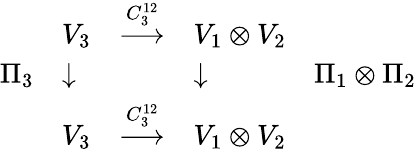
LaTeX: \begin{array}{llcll}{{}}&{{V_{3}}}&{{\stackrel{C_{3}^{12}}{\longrightarrow}}}&{{V_{1}\otimes V_{2}}}&{{}}\\ {{\Pi_{3}}}&{{\downarrow}}&{{}}&{{\downarrow}}&{{\Pi_{1}\otimes\Pi_{2}}}\\ {{}}&{{V_{3}}}&{{\stackrel{C_{3}^{12}}{\longrightarrow}}}&{{V_{1}\otimes V_{2}}}&{{}}\end{array}